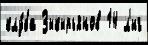
клу́ба Зыкырьянов 14 л'иг